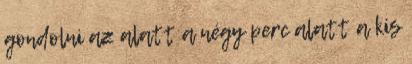
gondolni az alatt a négy perc alatt a kis